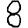
Digit: 8